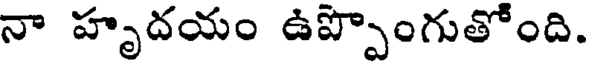
నా హృదయం ఉప్పొంగుతోంది.